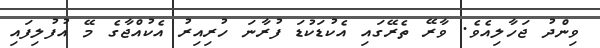
ވިންދު ޖަހާލިއެވެ. ވާރޭ ތެރޭގައި އެކުޑަކުޑަ ފުރާނަ ހުރިއިރު އެކުއްޖާގެ މޭ އުފުލިފައި